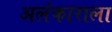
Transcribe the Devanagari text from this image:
अलंकाराला